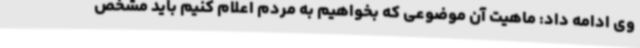
وی ادامه داد: ماهیت آن موضوعی که بخواهیم به مردم اعلام کنیم باید مشخص